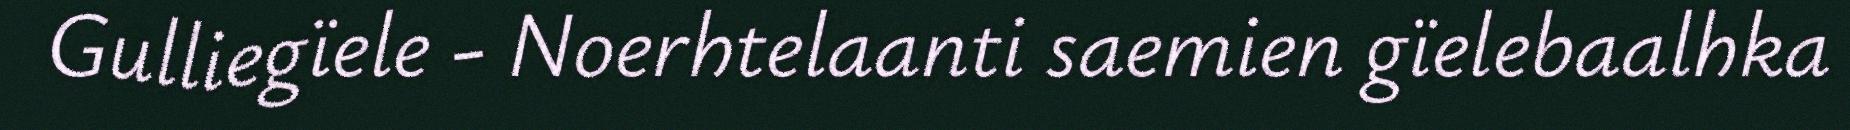
Gulliegïele - Noerhtelaanti saemien gïelebaalhka